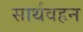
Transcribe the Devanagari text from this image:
सार्थवहन